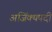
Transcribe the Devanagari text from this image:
अजिंक्यपदी